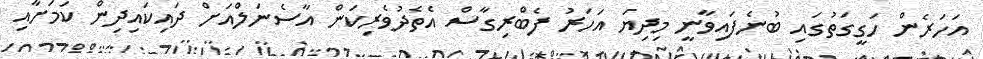
އަހަރެން ހަގީގަތުގައި ބުނެފައިވާނީ މިދިޔަ އަހަރު ފެބްރިގާސް އެތެދުވެރިކަން އާސެނަލްއަށް ދައިކައިދިން ކަމަށާއި